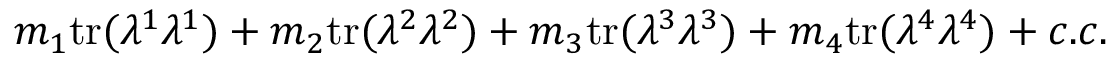
m _ { 1 } \mathrm { t r } ( \lambda ^ { 1 } \lambda ^ { 1 } ) + m _ { 2 } \mathrm { t r } ( \lambda ^ { 2 } \lambda ^ { 2 } ) + m _ { 3 } \mathrm { t r } ( \lambda ^ { 3 } \lambda ^ { 3 } ) + m _ { 4 } \mathrm { t r } ( \lambda ^ { 4 } \lambda ^ { 4 } ) + c . c .